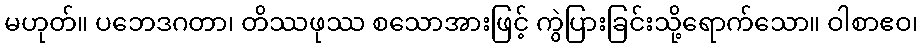
မဟုတ်။ ပဘေဒဂတာ၊ တိဿဖုဿ စသောအားဖြင့် ကွဲပြားခြင်းသို့ရောက်သော။ ဝါစာဧဝ၊